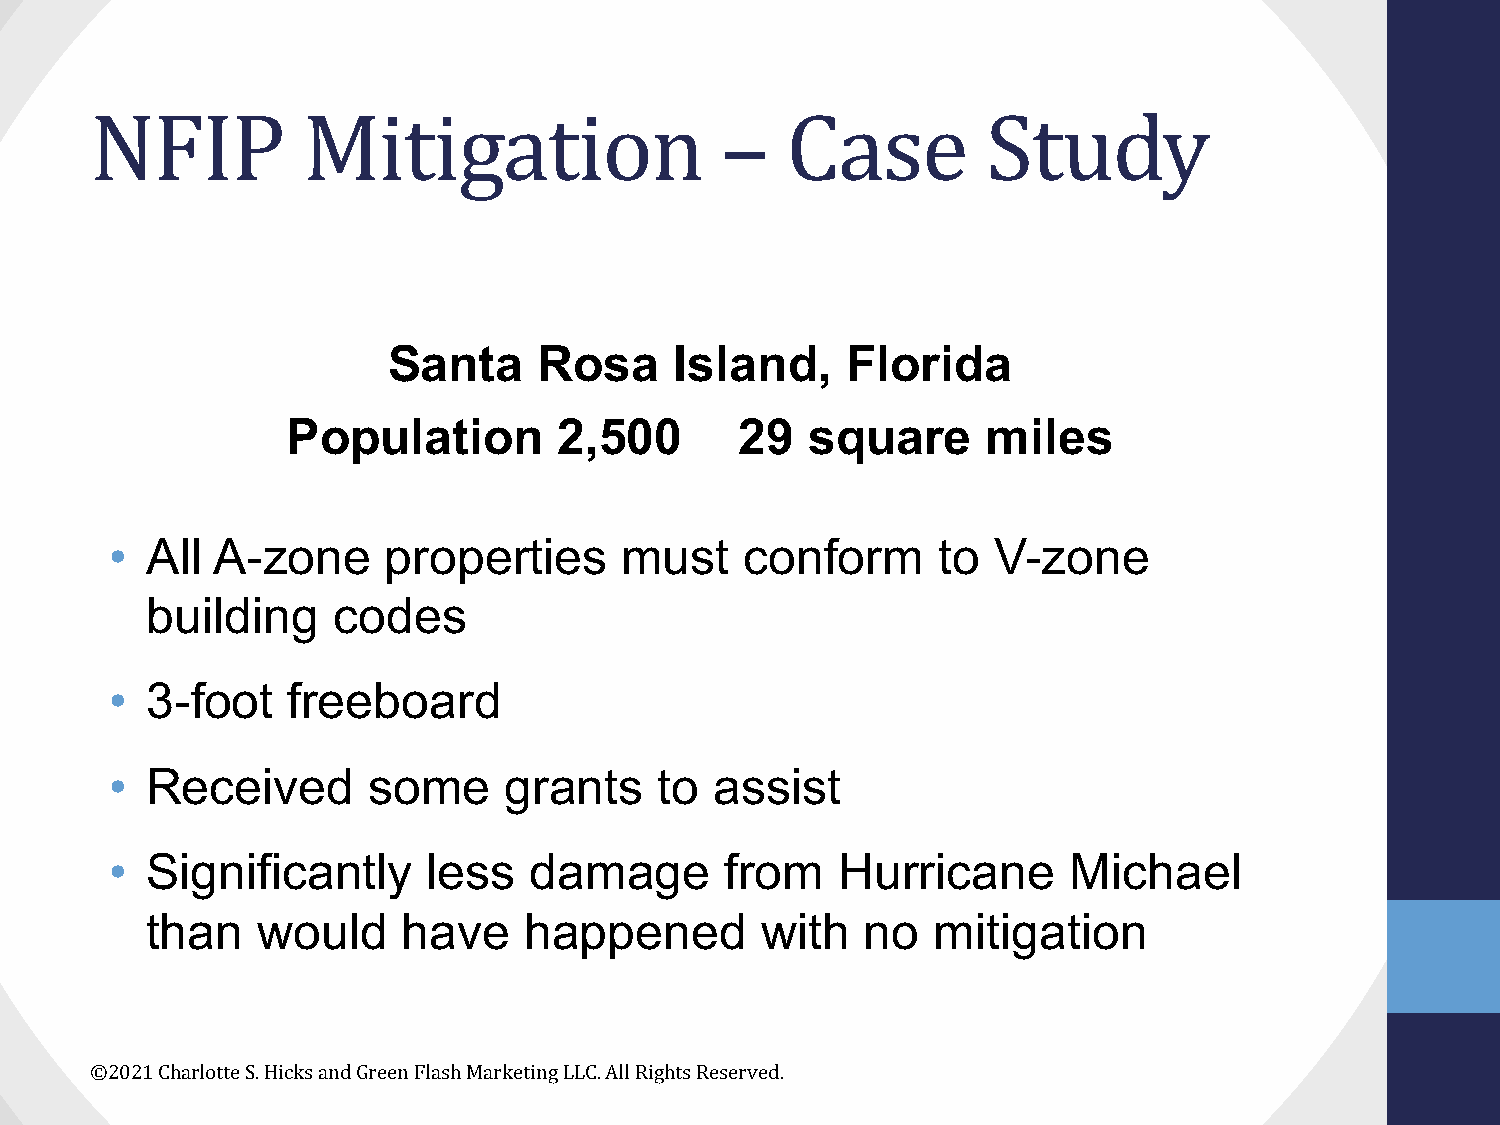
NFIP          Mitigation                  –   Case         Study
 Santa     Rosa     Island,    Florida
 Population        2,500       29  square      miles
 •  All A-zone      properties     must    conform      to  V-zone
 building    codes
 •  3-foot   freeboard
 •  Received      some     grants     to assist
 •  Significantly     less   damage       from    Hurricane      Michael
 than   would     have    happened       with   no   mitigation
 ©2021 Charlotte S. Hicks and Green Flash Marketing LLC. All Rights Reserved.